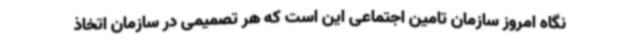
نگاه امروز سازمان تامین اجتماعی این است که هر تصمیمی در سازمان اتخاذ